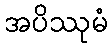
အပိဿုမံ